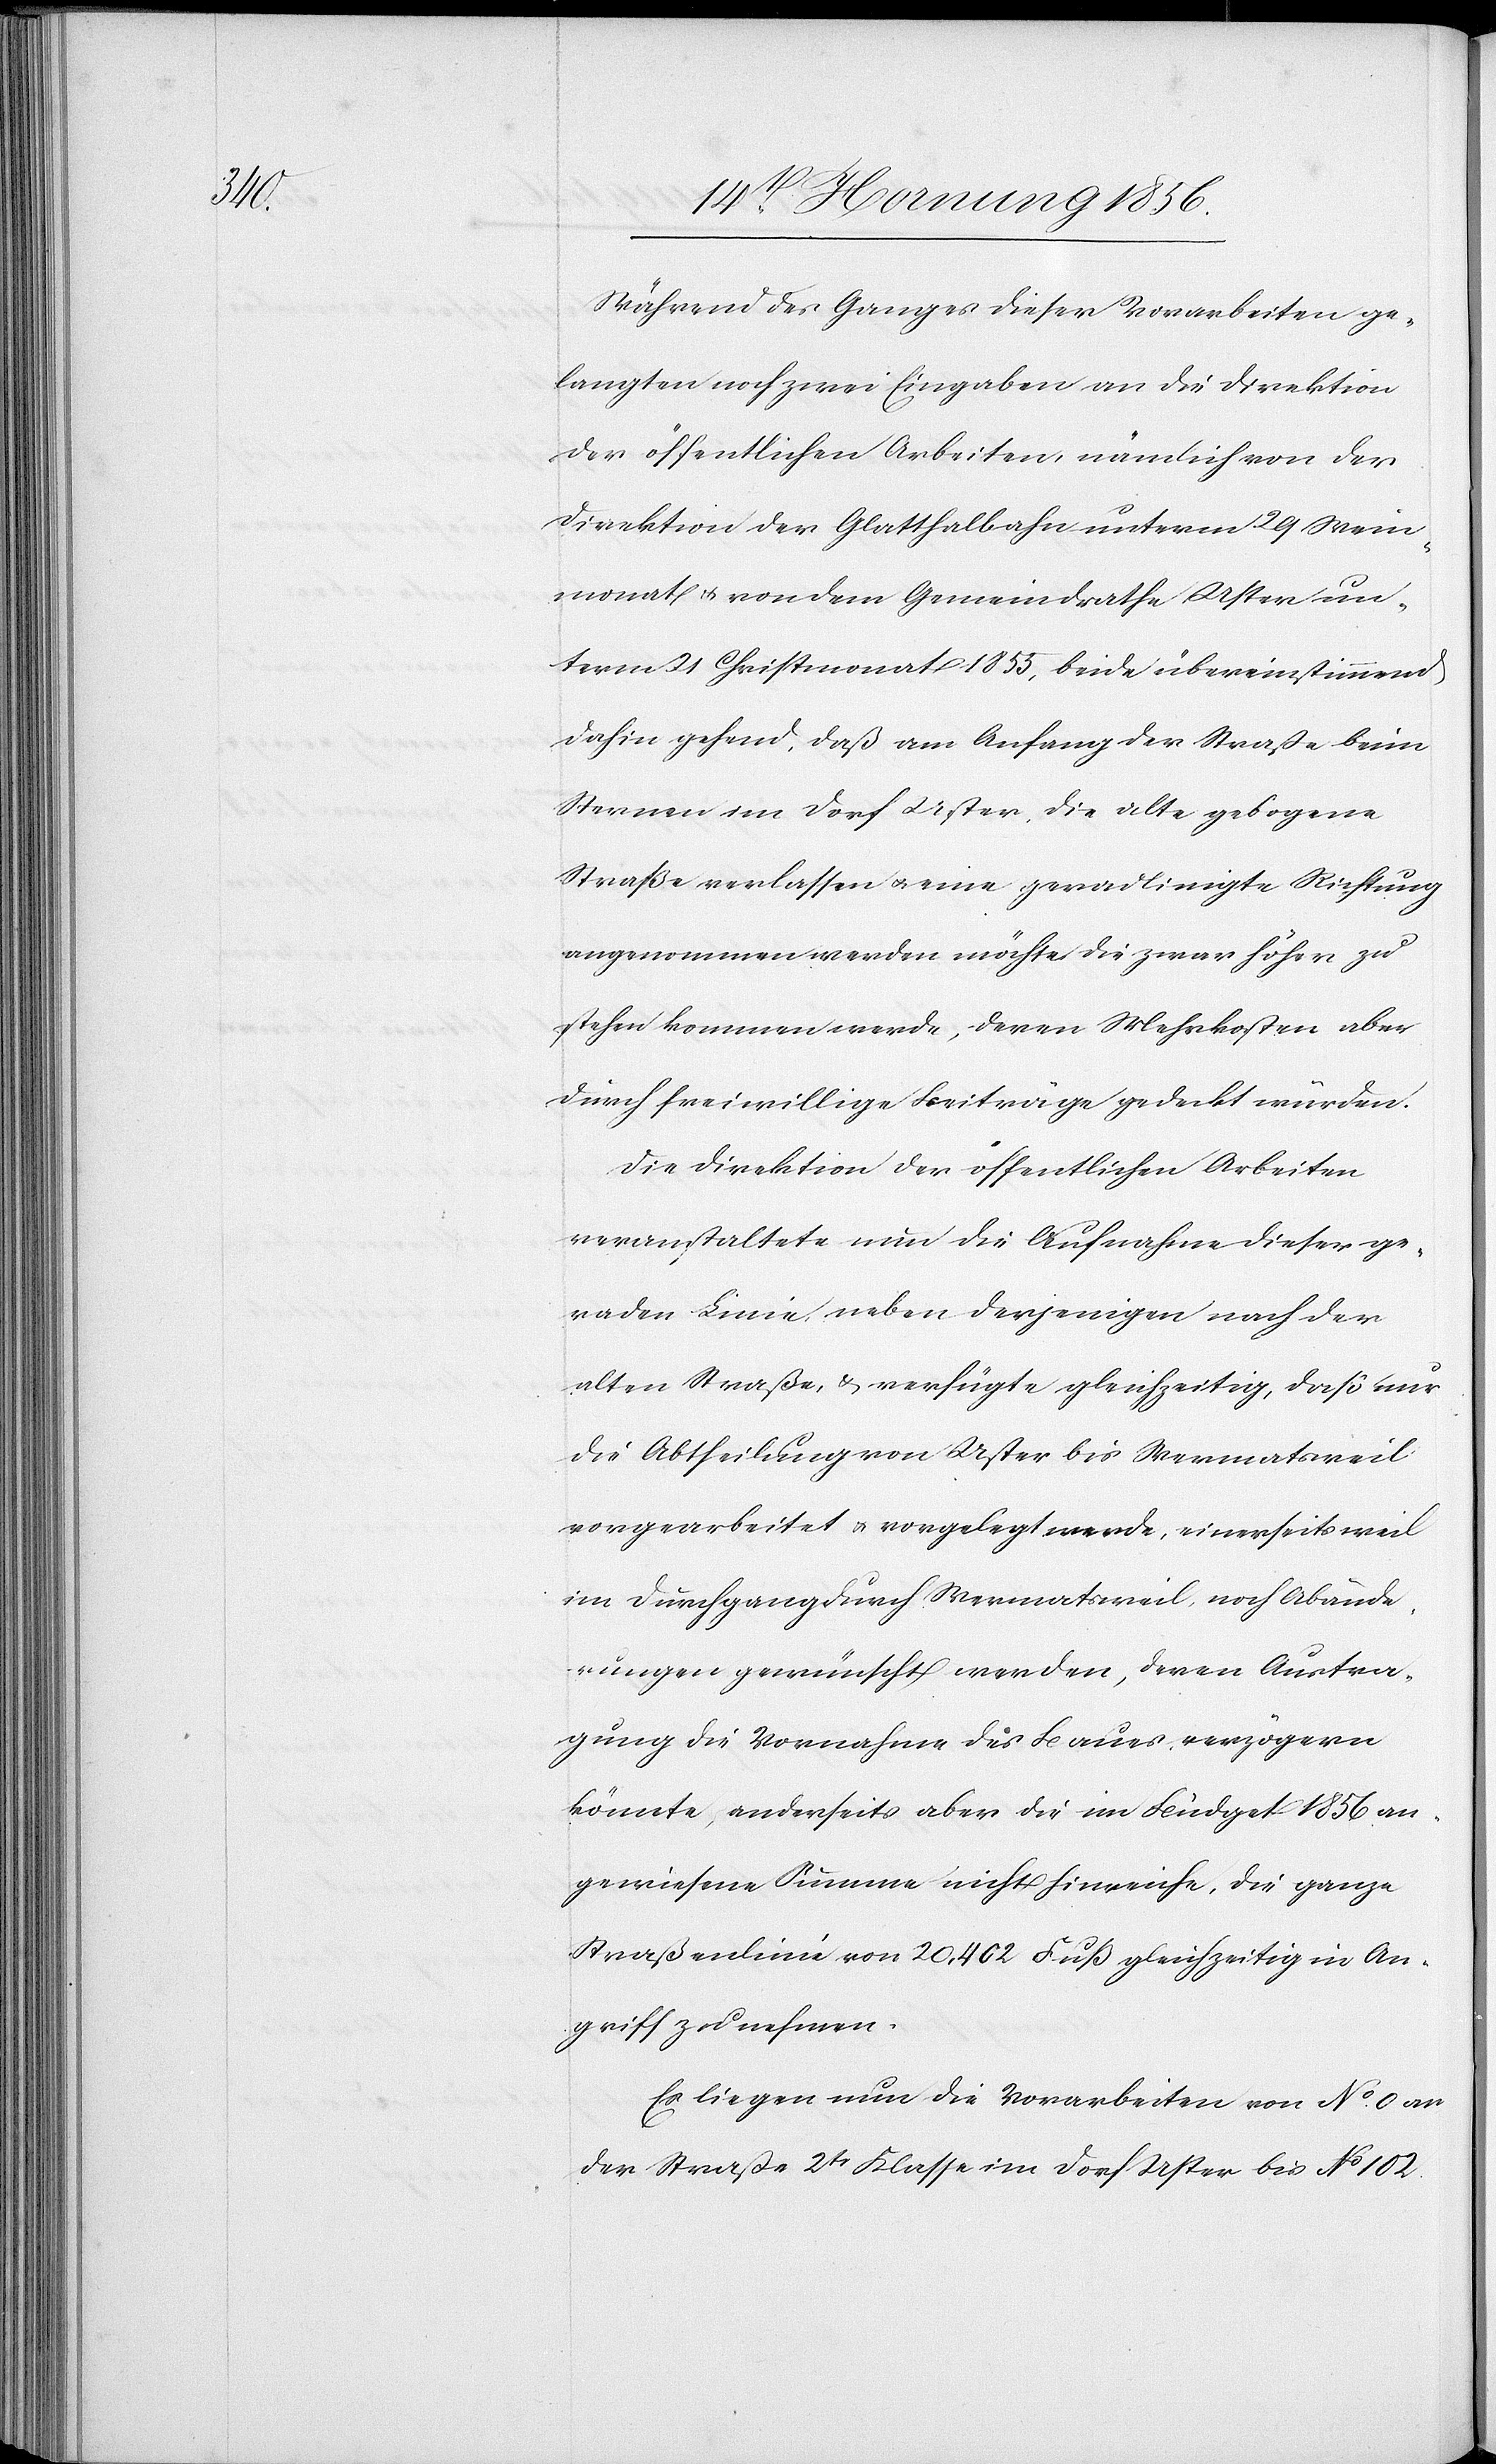
Während des Ganges dieser Vorarbeiten ge¬
langten noch zwei Eingaben an die Direktion
der öffentlichen Arbeiten, nämlich von der
Direktion der Glatthalbahn unterm 29 Wein¬
monat u. von dem Gemeindrathe Uster un¬
term 21 Christmonat 1855, beide übereinstimmend
dahin gehend, daß am Anfang der Straße beim
Sternen im Dorf Uster, die alte gebogene
Straße verlassen u. eine geradlinigte Richtung
angenommen werden möchte, die zwar höher zu
stehen kommen werde, deren Mehrkosten aber
durch freiwillige Beiträge gedeckt würden.
Die Direktion der öffentlichen Arbeiten
veranstaltete nun die Aufnahme dieser ge¬
raden Linie neben derjenigen nach der
alten Straße, & verfügte gleichzeitig, daß nur
die Abtheilung von Uster bis Wermatsweil
vorgearbeitet u. vorgelegt werde, einerseits weil
im Durchgang durch Wermatsweil, noch Abände¬
rungen gewünscht werden, deren Austra¬
gung die Vornahme des Baues verzögern
könnte, anderseits aber die im Budget 1856 an¬
gewiesene Summe nicht hinreiche, die ganze
Straßenlinie von 20,402 Fuß gleichzeitig in An¬
griff zu nehmen.
Es liegen nun die Vorarbeiten von No 0 an
der Straße 2tr Klasse im Dorf Uster bis No 102